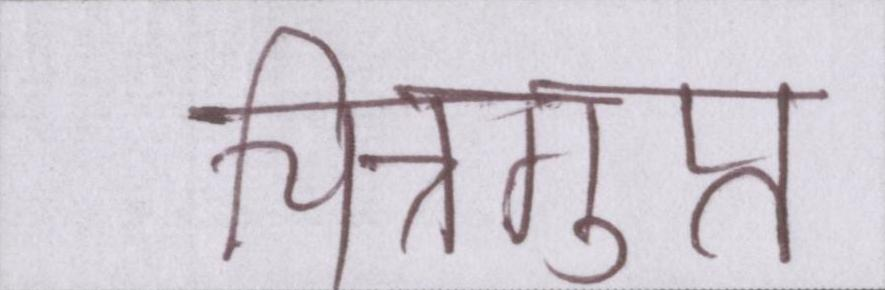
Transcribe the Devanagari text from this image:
चित्रगुप्त